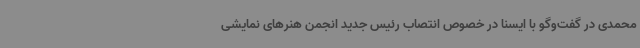
محمدی در گفت‌وگو با ایسنا در خصوص انتصاب رئیس جدید انجمن هنرهای نمایشی